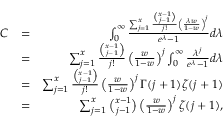
\begin{array} { r l r } { C } & { = } & { \int _ { 0 } ^ { \infty } { \frac { \sum _ { j = 1 } ^ { x } \frac { \binom { x - 1 } { j - 1 } } { j ! } \left( \frac { \lambda w } { 1 - w } \right) ^ { j } } { e ^ { \lambda } - 1 } d \lambda } } \\ & { = } & { \sum _ { j = 1 } ^ { x } \frac { \binom { x - 1 } { j - 1 } } { j ! } \left( \frac { w } { 1 - w } \right) ^ { j } \int _ { 0 } ^ { \infty } \frac { \lambda ^ { j } } { e ^ { \lambda } - 1 } d \lambda } \\ & { = } & { \sum _ { j = 1 } ^ { x } \frac { \binom { x - 1 } { j - 1 } } { j ! } \left( \frac { w } { 1 - w } \right) ^ { j } \Gamma ( j + 1 ) \zeta ( j + 1 ) } \\ & { = } & { \sum _ { j = 1 } ^ { x } \binom { x - 1 } { j - 1 } \left( \frac { w } { 1 - w } \right) ^ { j } \zeta ( j + 1 ) , } \end{array}